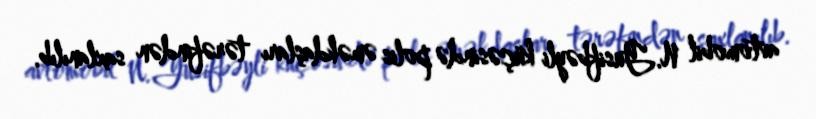
avtomobil N.Yusifbəyli küçəsində polis əməkdaşları tərəfindən saxlanılıb.